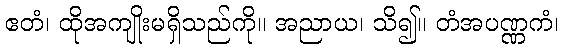
ဧတံ၊ ထိုအကျိုးမရှိသည်ကို။ အညာယ၊ သိ၍။ တံအပဏ္ဏကံ၊